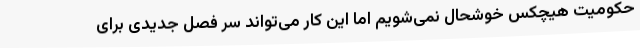
حکومیت هیچکس خوشحال نمی‌شویم اما این کار می‌تواند سر فصل جدیدی برای